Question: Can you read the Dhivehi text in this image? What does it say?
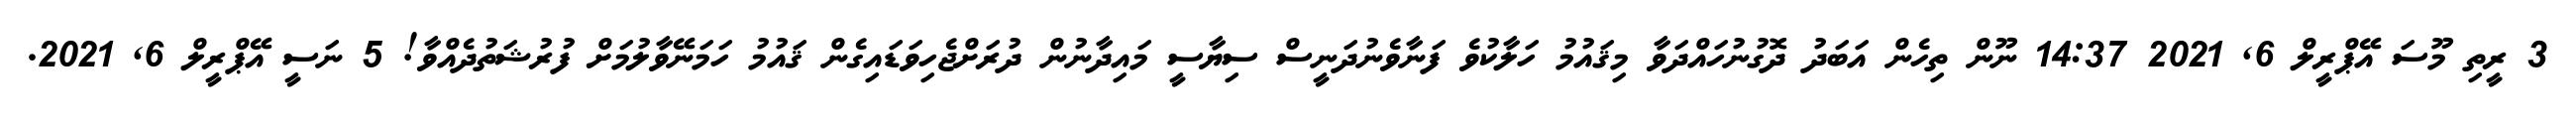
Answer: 3 ރީތި މޫސަ އޭޕްރީލް 6, 2021 14:37 ނޫން ތިހެން އަބަދު ދޮގުނުހައްދަވާ މިޤައުމު ހަލާކުވެ ފަނާވެނުދަނީސް ސިޔާސީ މައިދާނުން ދުރަށްޖެހިވަޑައިގެން ޤައުމު ހަމަނޭވާލުމަށް ފުރުޝަތުދެއްވާ! 5 ނަސީ އޭޕްރީލް 6, 2021.